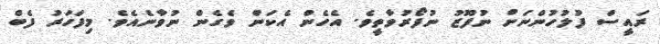
ރައީސް ފުލުހުންނަށް ނުފޫޒު ނުފޯރުވާތީވެ. އެހެން އެކަން ވެގެން ނުވާނެއެވެ. މިފަހަރު ފެބް